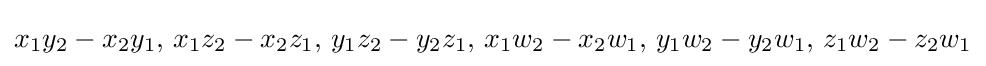
x_{1}y_{2}-x_{2}y_{1},\,x_{1}z_{2}-x_{2}z_{1},\,y_{1}z_{2}-y_{2}z_{1},\,x_{1}w_{2}-x_{2}w_{1},\,y_{1}w_{2}-y_{2}w_{1},\,z_{1}w_{2}-z_{2}w_{1}